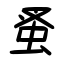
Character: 蚤